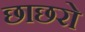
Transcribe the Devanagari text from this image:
छाछरो